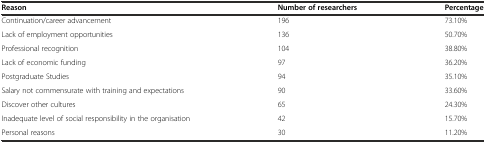
<table><thead><tr><td><b>Reason</b></td><td><b>Number of researchers</b></td><td><b>Percentage</b></td></tr></thead><tbody><tr><td>Continuation/career advancement</td><td>196</td><td>73.10%</td></tr><tr><td>Lack of employment opportunities</td><td>136</td><td>50.70%</td></tr><tr><td>Professional recognition</td><td>104</td><td>38.80%</td></tr><tr><td>Lack of economic funding</td><td>97</td><td>36.20%</td></tr><tr><td>Postgraduate Studies</td><td>94</td><td>35.10%</td></tr><tr><td>Salary not commensurate with training and expectations</td><td>90</td><td>33.60%</td></tr><tr><td>Discover other cultures</td><td>65</td><td>24.30%</td></tr><tr><td>Inadequate level of social responsibility in the organisation</td><td>42</td><td>15.70%</td></tr><tr><td>Personal reasons</td><td>30</td><td>11.20%</td></tr></tbody></table>